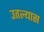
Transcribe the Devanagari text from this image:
उतल्यास